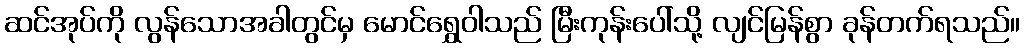
ဆင်အုပ်ကို လွန်သောအခါတွင်မှ မောင်ရွှေဝါသည် မြီးကုန်းပေါ်သို့ လျင်မြန်စွာ ခုန်တက်ရသည်။